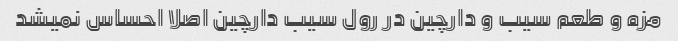
مزه و طعم سیب و دارچین در رول سیب دارچین اصلا احساس نمیشد